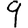
Digit: 9